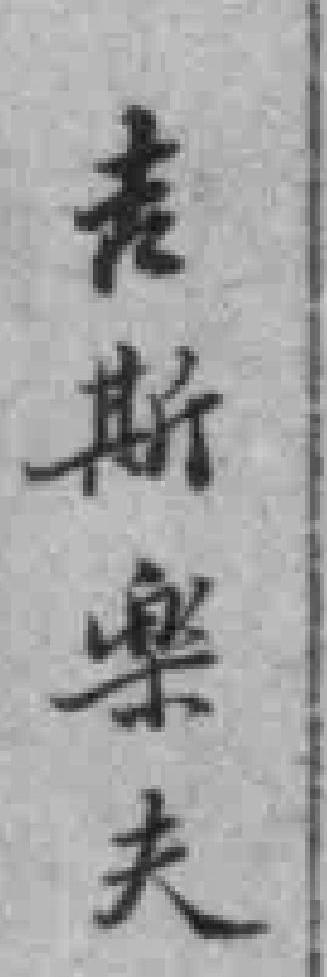
吉斯樂夫